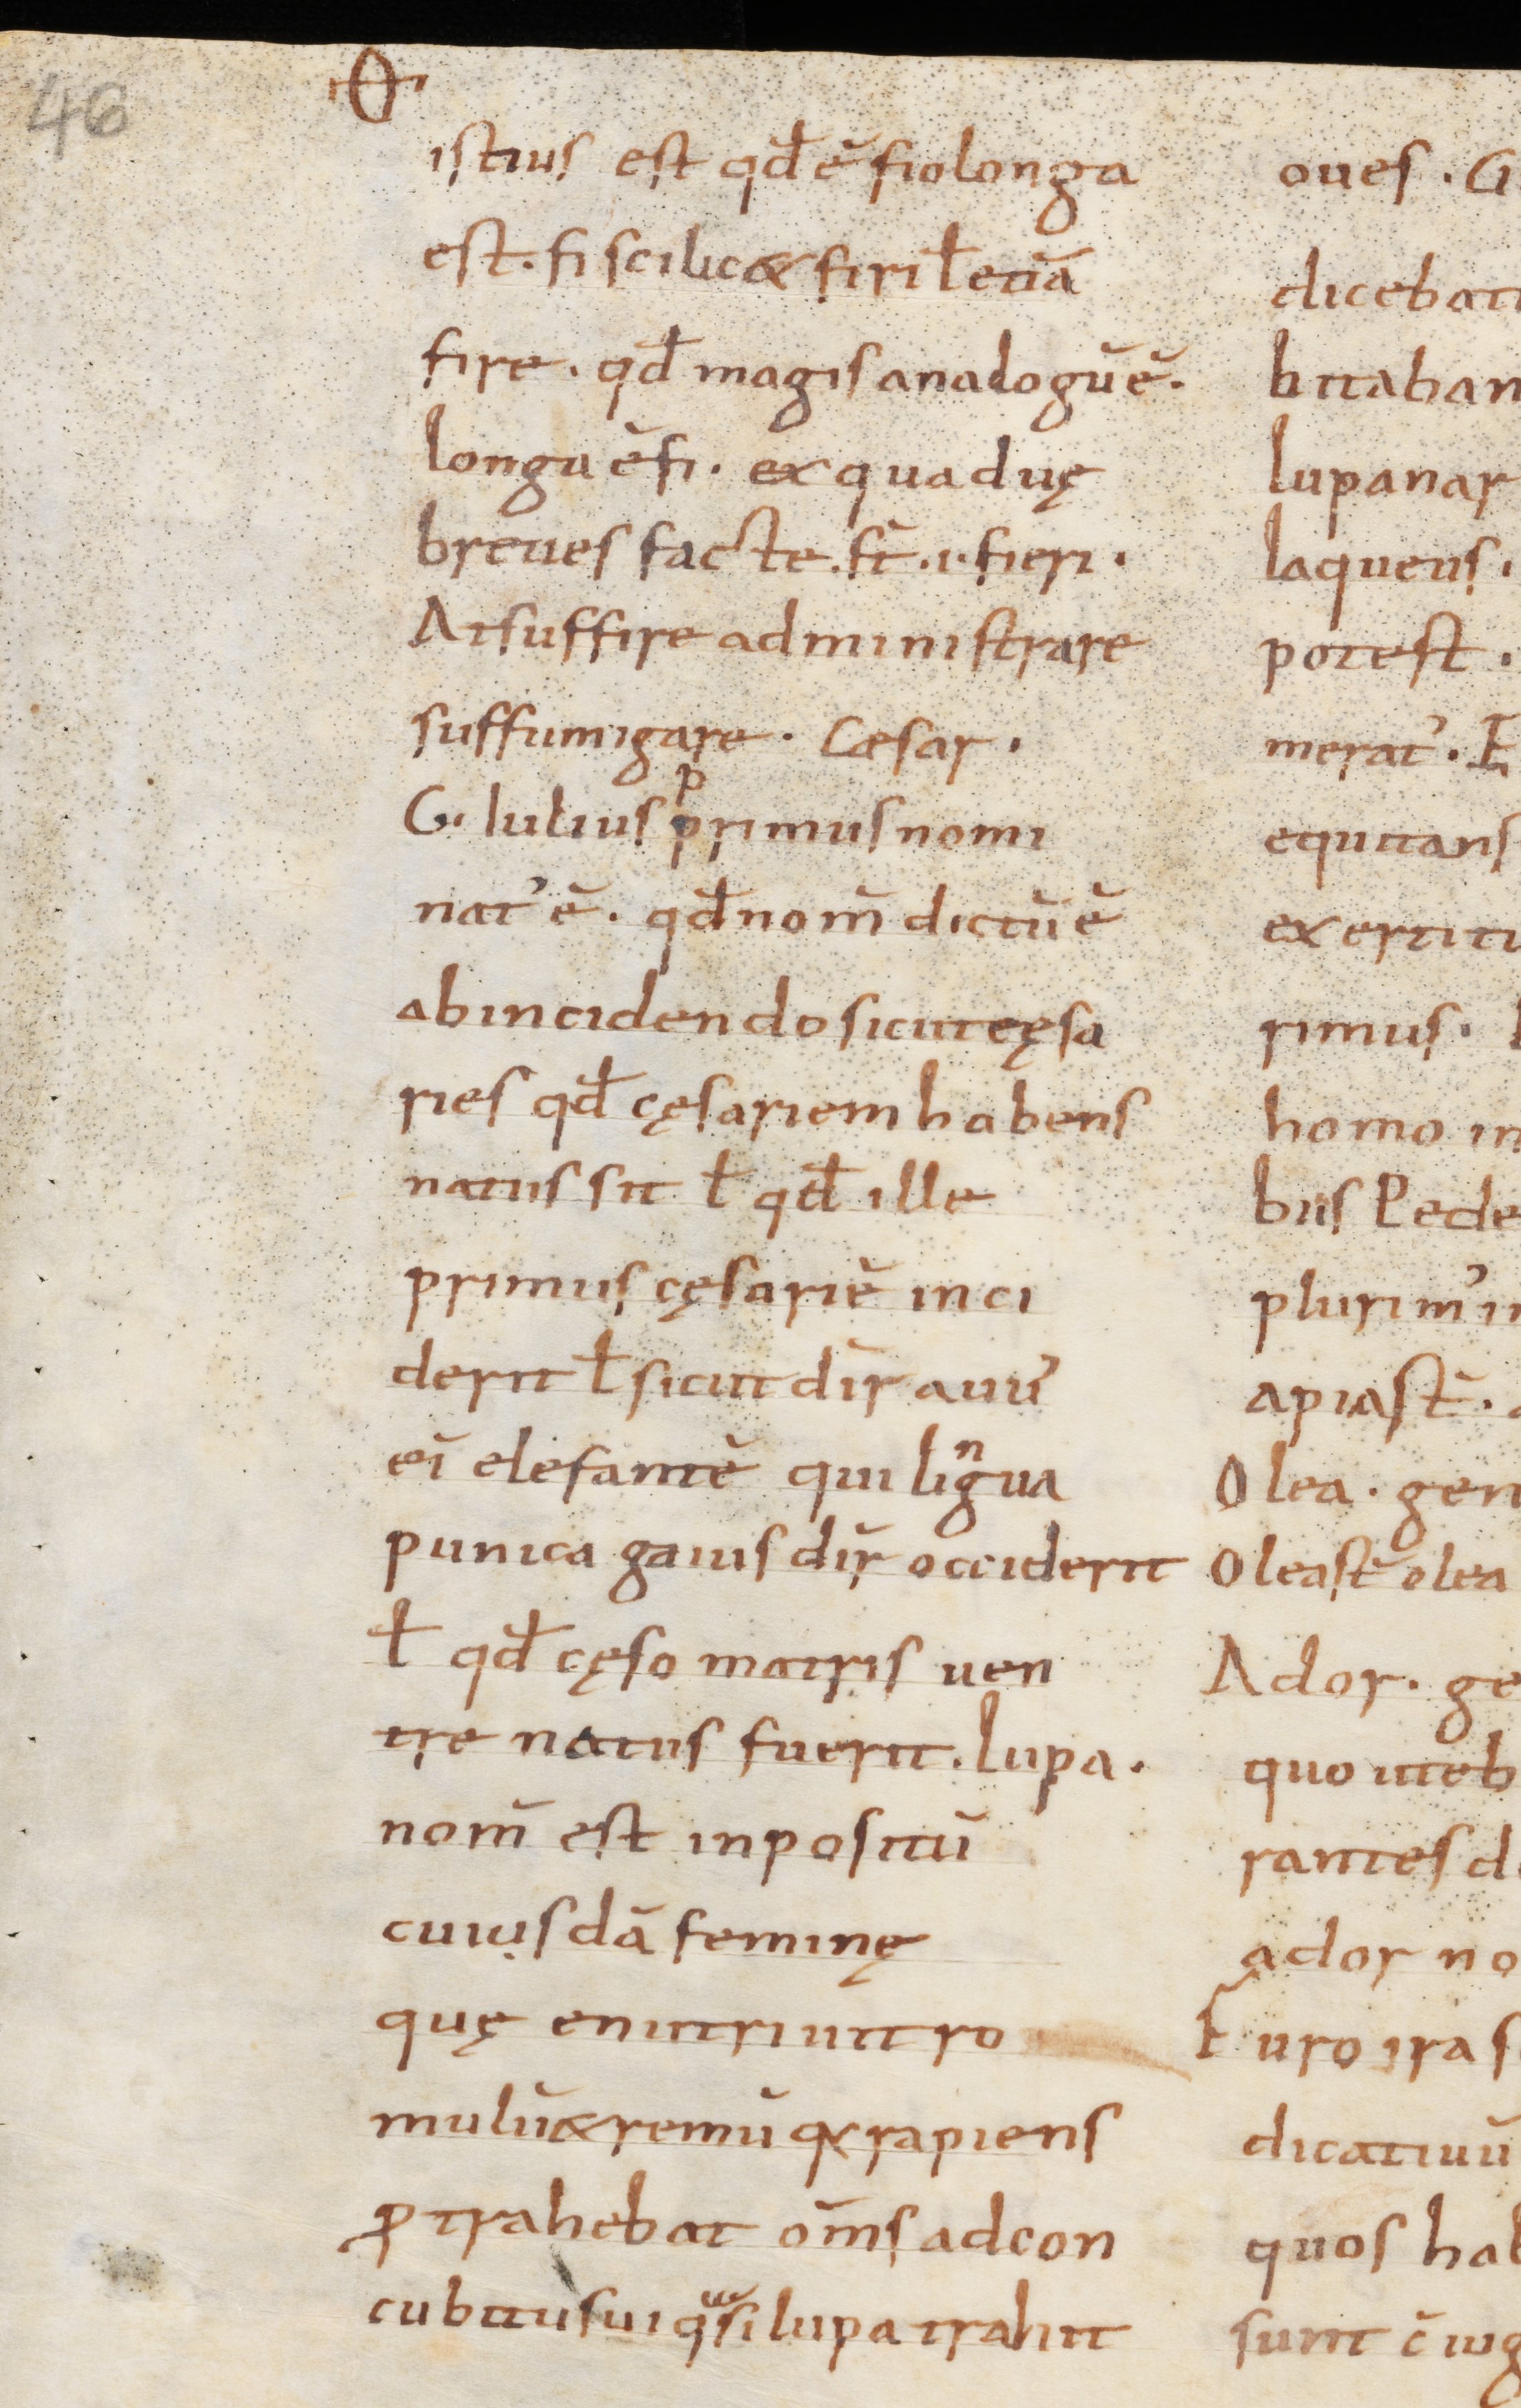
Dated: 900–1199